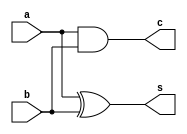
module half_add(a,b,s,c);
   input a,b;
   output s,c;
   //xor x1(s,a,b);
   assign s = a^b;
   
   //and a1(c,a,b);
   assign c = a&b;
   
endmodule